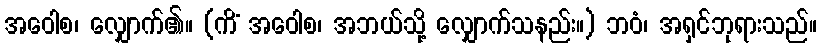
အဝေါစ၊ လျှောက်၏။ (ကိံ အဝေါစ၊ အဘယ်သို့ လျှောက်သနည်း။) ဘဝံ၊ အရှင်ဘုရားသည်။